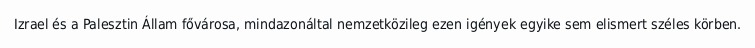
Izrael és a Palesztin Állam fővárosa, mindazonáltal nemzetközileg ezen igények egyike sem elismert széles körben.